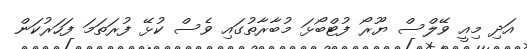
އަދި މިއީ ވޭލްސް ޔޫރޯ ފުޓްބޯޅަ މުބާރާތުގައި ވެސް ކުޅޭ ފުރަތަމަ ފަހަރުކަން